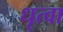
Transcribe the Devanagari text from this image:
धृत्वा